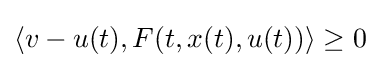
\langle v-u(t),F(t,x(t),u(t))\rangle \geq 0